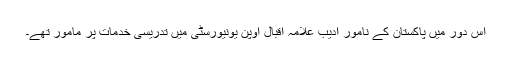
اس دور میں پاکستان کے نامور ادیب علامہ اقبال اوپن یونیورسٹی میں تدریسی خدمات پر مامور تھے۔